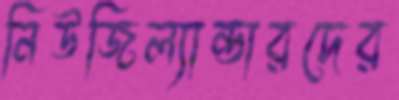
নিউজিল্যান্ডারদের